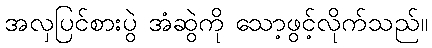
အလှပြင်စားပွဲ အံဆွဲကို သော့ဖွင့်လိုက်သည်။